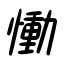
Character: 慟